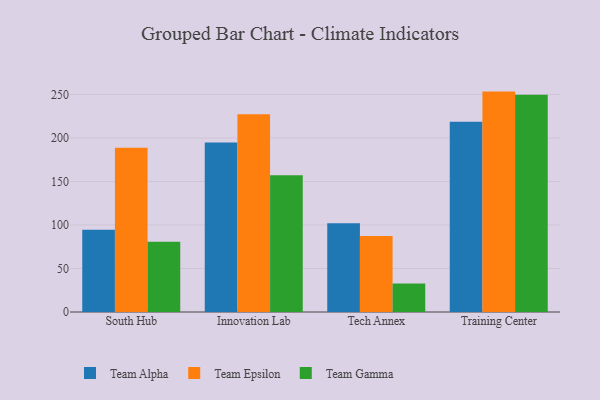
{"axis": {"x": "Campus", "y": "Website Visitors"}, "legend": ["Team Alpha", "Team Epsilon", "Team Gamma"], "data": [{"x": "South Hub", "y": 94.4, "type": "Team Alpha"}, {"x": "South Hub", "y": 188.7, "type": "Team Epsilon"}, {"x": "South Hub", "y": 80.6, "type": "Team Gamma"}, {"x": "Innovation Lab", "y": 194.8, "type": "Team Alpha"}, {"x": "Innovation Lab", "y": 227.2, "type": "Team Epsilon"}, {"x": "Innovation Lab", "y": 157.2, "type": "Team Gamma"}, {"x": "Tech Annex", "y": 101.9, "type": "Team Alpha"}, {"x": "Tech Annex", "y": 87.4, "type": "Team Epsilon"}, {"x": "Tech Annex", "y": 32.8, "type": "Team Gamma"}, {"x": "Training Center", "y": 218.7, "type": "Team Alpha"}, {"x": "Training Center", "y": 253.3, "type": "Team Epsilon"}, {"x": "Training Center", "y": 249.7, "type": "Team Gamma"}]}